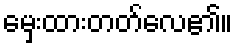
မှေးထားတတ်လေ၏။